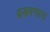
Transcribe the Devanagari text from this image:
बसवणारा